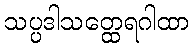
သပ္ပဒါသတ္ထေရဂါထာ